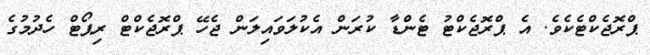
ޕްރޮޖެކްޓެކެވެ. އެ ޕްރޮޖެކްޓު ޓެންޑާ ކުރަން އެކުލަަވައިލަން ޖެހޭ ޕްރޮޖެކްޓް ރިޕޯޓް ހެދުމުގެ